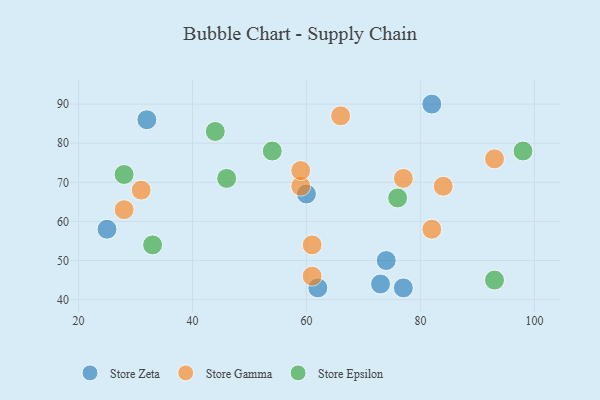
{"axis": {"x": "GDP", "y": "Life Expectancy"}, "legend": ["Store Epsilon", "Store Gamma", "Store Zeta"], "data": [{"x": "25", "y": 58, "type": "Store Zeta"}, {"x": "62", "y": 43, "type": "Store Zeta"}, {"x": "74", "y": 50, "type": "Store Zeta"}, {"x": "82", "y": 90, "type": "Store Zeta"}, {"x": "77", "y": 43, "type": "Store Zeta"}, {"x": "60", "y": 67, "type": "Store Zeta"}, {"x": "73", "y": 44, "type": "Store Zeta"}, {"x": "32", "y": 86, "type": "Store Zeta"}, {"x": "82", "y": 58, "type": "Store Gamma"}, {"x": "31", "y": 68, "type": "Store Gamma"}, {"x": "61", "y": 54, "type": "Store Gamma"}, {"x": "84", "y": 69, "type": "Store Gamma"}, {"x": "93", "y": 76, "type": "Store Gamma"}, {"x": "59", "y": 69, "type": "Store Gamma"}, {"x": "61", "y": 46, "type": "Store Gamma"}, {"x": "77", "y": 71, "type": "Store Gamma"}, {"x": "28", "y": 63, "type": "Store Gamma"}, {"x": "66", "y": 87, "type": "Store Gamma"}, {"x": "59", "y": 73, "type": "Store Gamma"}, {"x": "28", "y": 72, "type": "Store Epsilon"}, {"x": "54", "y": 78, "type": "Store Epsilon"}, {"x": "93", "y": 45, "type": "Store Epsilon"}, {"x": "33", "y": 54, "type": "Store Epsilon"}, {"x": "98", "y": 78, "type": "Store Epsilon"}, {"x": "46", "y": 71, "type": "Store Epsilon"}, {"x": "76", "y": 66, "type": "Store Epsilon"}, {"x": "44", "y": 83, "type": "Store Epsilon"}]}